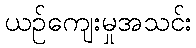
ယဉ်ကျေးမှုအသင်း